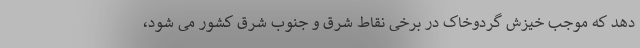
دهد که موجب خیزش گردوخاک در برخی نقاط شرق و جنوب شرق کشور می شود،